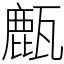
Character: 㼾